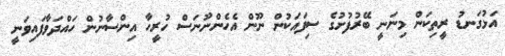
އަޅުގަނޑު ރީތިކަން މިނަނީ ބޭރުފުށުގެ ސިފައަކުން ނޫން އެހެންނޫނަސް ހުރީހާ އިންސާނުން ހައްދަވާފައިވަނީ